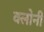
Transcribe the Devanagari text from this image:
क्लोनी